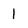
Character: 1